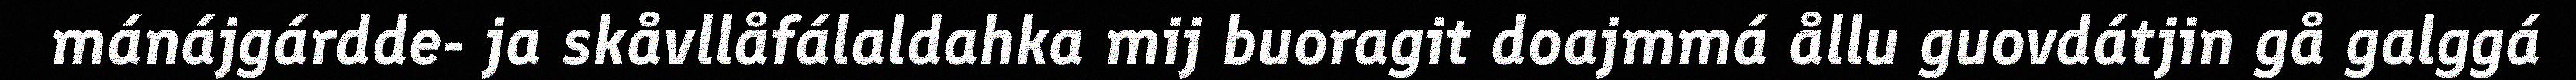
mánájgárdde- ja skåvllåfálaldahka mij buoragit doajmmá ållu guovdátjin gå galggá